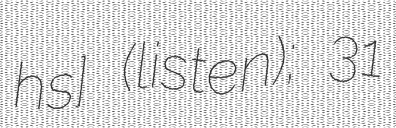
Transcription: ˈhɔʏs] (listen); 31